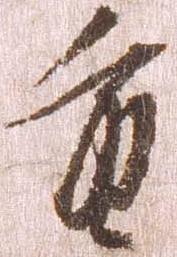
重